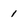
Character: 1